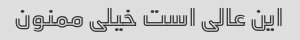
این عالی است خیلی ممنون